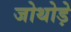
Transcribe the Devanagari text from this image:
जोथोड़े